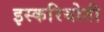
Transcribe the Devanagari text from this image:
इस्करियोती